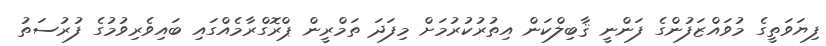
ފިޔަވަތީގެ މުވައްޒަފުންގެ ފަންނީ ޤާބިލްކަން އިތުރުކުރުމަށް މިފަދަ ތަމްރީން ޕްރޮގްރާމެއްގައި ބައިވެރިވުމުގެ ފުރުސަތު